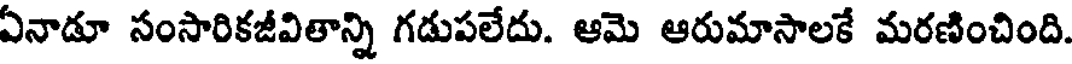
ఏనాడూ సంసారికజీవితాన్ని గడుపలేదు. ఆమె ఆరుమాసాలకే మరణించింది.